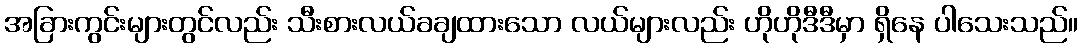
အခြားကွင်းများတွင်လည်း သီးစားလယ်ခချထားသော လယ်များလည်း ဟိုဟိုဒီဒီမှာ ရှိနေ ပါသေးသည်။